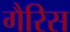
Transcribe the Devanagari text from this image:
गैरिस